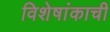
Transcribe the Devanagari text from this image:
विशेषांकाची